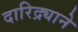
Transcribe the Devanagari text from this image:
दारिद्र्याने